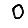
Digit: 0